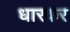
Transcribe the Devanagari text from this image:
धारकर